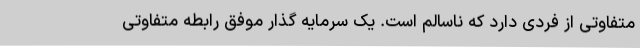
متفاوتی از فردی دارد که ناسالم است. یک سرمایه گذار موفق رابطه متفاوتی